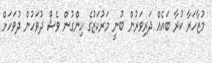
މުޒާހަރާ ކުރާ ބައެއް ދަރިވަރުން ބުނީ މަރުކަޒުގެ ހިންގުން ވެސް ދުވަހުން ދުވަހަށް